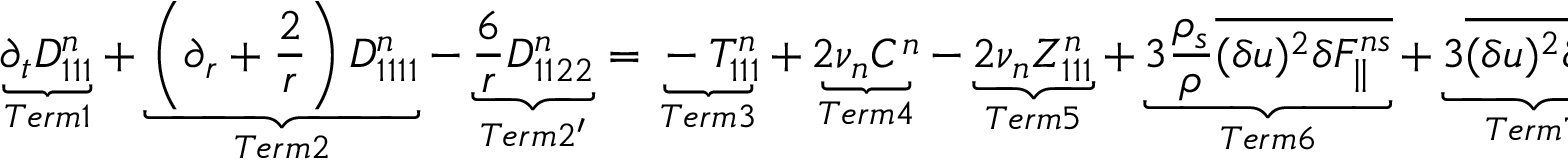
\underbrace { \partial _ { t } D _ { 1 1 1 } ^ { n } } _ { T e r m 1 } + \underbrace { \left( \partial _ { r } + \frac { 2 } { r } \right) D _ { 1 1 1 1 } ^ { n } } _ { T e r m 2 } - \underbrace { \frac { 6 } { r } D _ { 1 1 2 2 } ^ { n } } _ { T e r m 2 ^ { \prime } } = \underbrace { - T _ { 1 1 1 } ^ { n } } _ { T e r m 3 } + \underbrace { 2 \nu _ { n } C ^ { n } } _ { T e r m 4 } - \underbrace { 2 \nu _ { n } Z _ { 1 1 1 } ^ { n } } _ { T e r m 5 } + \underbrace { 3 \frac { \rho _ { s } } { \rho } \overline { { ( \delta u ) ^ { 2 } \delta F _ { \parallel } ^ { n s } } } } _ { T e r m 6 } + \underbrace { 3 \overline { { ( \delta u ) ^ { 2 } \delta f _ { \parallel } ^ { n } } } } _ { T e r m 7 } ,